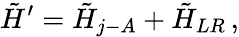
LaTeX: \tilde{H}^{\prime}=\tilde{H}_{j-A}+\tilde{H}_{LR}\, ,